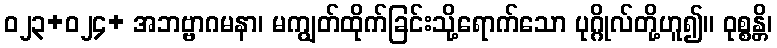
ဝ၂၃+၀၂၄+ အဘဗ္ဗာဂမနာ၊ မကျွတ်ထိုက်ခြင်းသို့ရောက်သော ပုဂ္ဂိုလ်တို့ဟူ၍။ ဝုစ္စန္တိ၊